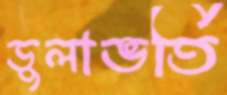
ডুলাভর্তি